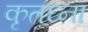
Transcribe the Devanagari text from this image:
कृतघ्ना